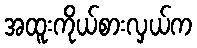
အထူးကိုယ်စားလှယ်က